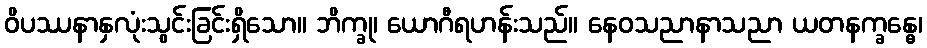
ဝိပဿနာနှလုံးသွင်းခြင်းရှိသော။ ဘိက္ခု၊ ယောဂီရဟန်းသည်။ နေဝသညာနာသညာ ယတနက္ခန္ဓေ၊